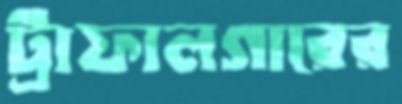
ট্রাফালগারের